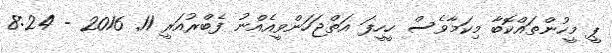
ޕީ މީހުންތައްކޮބާ މިކަމާވެސް ހީހީފަ އަތްޖަހަންވީއެއްނު ފެބްރުއަރީ 11